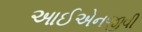
આઈએનજીવી